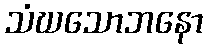
သံဃသောဘနော